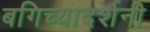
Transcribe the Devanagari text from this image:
बगिच्यादर्शनी